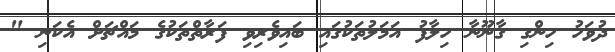
ދުވަހު ހިންގި ގާނޫނާ ހިލާފު އަމަލުތަކުގައި ބައިވެރިވި ފަރާތްތަކުގެ މައްޗަށް އެކަނި "